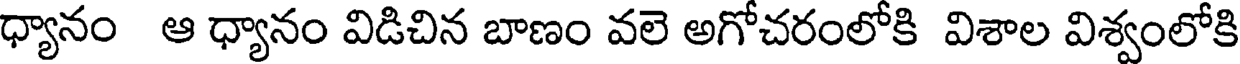
ధ్యానం ఆ ధ్యానం విడిచిన బాణం వలె అగోచరంలోకి విశాల విశ్వంలోకి